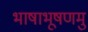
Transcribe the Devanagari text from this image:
भाषाभूषणमु